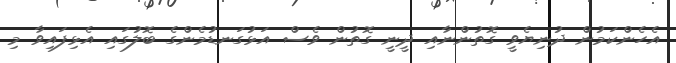
އެހެންކަމުން ދުނިޔެވީ ގޮތުންނާއި ދީނީ ގޮތުން ވެސް އަޅުގަނޑުމެންގެ ބޮލުގައި އެޅިފައިވާ މި